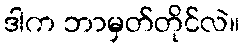
ဒါက ဘာမှတ်တိုင်လဲ။